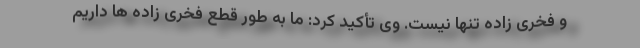
و فخری زاده تنها نیست. وی تأکید کرد: ما به طور قطع فخری زاده ها داریم